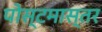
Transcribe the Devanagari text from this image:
पोस्टमास्तर